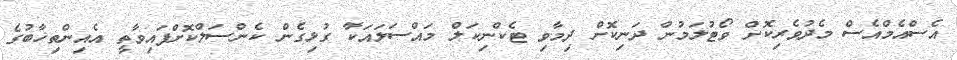
އެސްއެމްއެސް މެދުވެރިކޮށް ވޯޓުލަމުން ދަނިކޮށް ދިމާވި ޓެކްނިކަލް މައްސަލައަކާ ގުޅިގެން ކެންސަލްކޮށްފައިވާތީ އެއިންތިޚާބުގެ